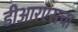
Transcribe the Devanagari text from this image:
डीआरएसचा